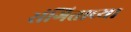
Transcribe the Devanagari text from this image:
संगिताच्या